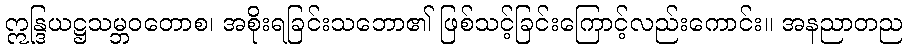
ဣန္ဒြယဋ္ဌသမ္ဘဝတောစ၊ အစိုးရခြင်းသဘော၏ ဖြစ်သင့်ခြင်းကြောင့်လည်းကောင်း။ အနညာတည